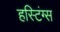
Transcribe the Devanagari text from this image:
हस्टिंग्स